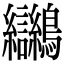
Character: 𪈮